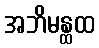
အဘိမန္ထထ